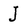
Character: J